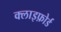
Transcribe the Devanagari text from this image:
क्लाइफ़ोर्ड